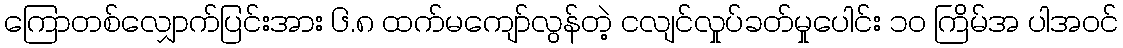
ကြောတစ်လျှောက်ပြင်းအား ၆.၈ ထက်မကျော်လွန်တဲ့ ငလျင်လှုပ်ခတ်မှုပေါင်း ၁၀ ကြိမ်အ ပါအဝင်